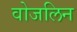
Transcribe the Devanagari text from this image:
वोजलिन